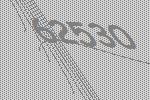
62530